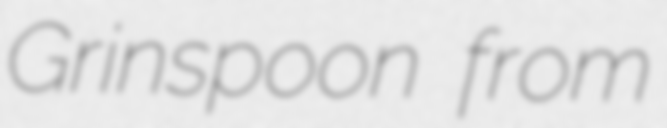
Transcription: Grinspoon from